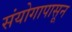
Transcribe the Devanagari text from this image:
संयोगापासून